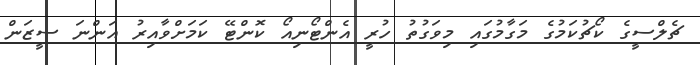
ޗެލްސީގެ ކޯޗުކަމުގެ މަގާމުގައި މިވަގުތު ހުރީ އެންޓޯނިއޯ ކޮންޓޭ ކަމަށްވާއިރު އަންނަ ސީޒަން